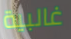
غالبية